Annual report on the working of the lock hospitals in the Central Provinces
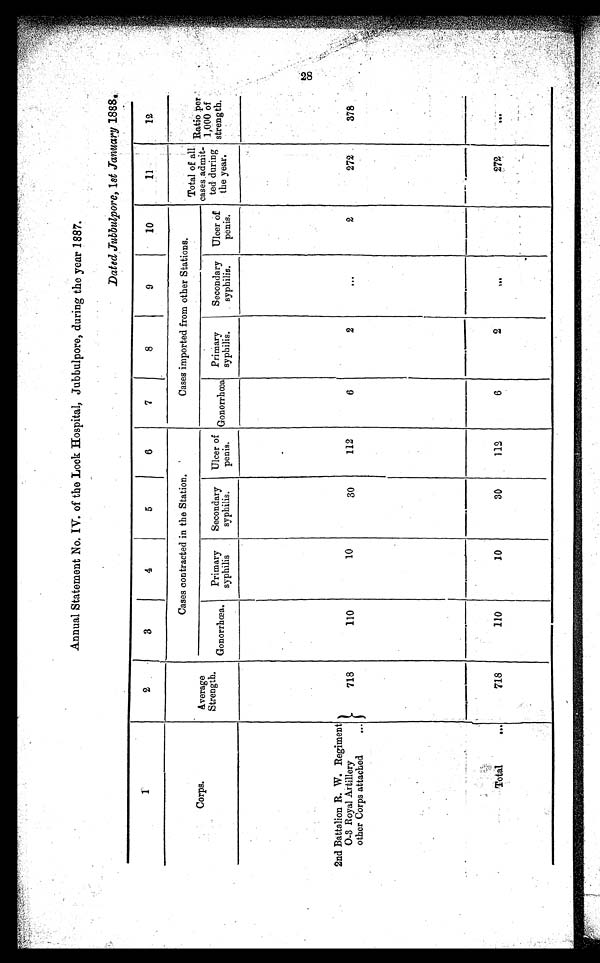
Annual Statement No. IV. of the Lock Hospital, Jubbulpore, during the year 1887.
Dated Jubbulpore, 1 st January 1888.
1
2
3
4
5
6
7
8
9
10
11
12
Corps.
Average
Strength.
Cases contracted in the Station.
Cases imported from other Stations.
Total of all
cases admit-
ted during
the year.
Ratio per
1,000 of
strength.
Gonorrhœa.
Primary
syphilis
Secondary
syphilis.
Ulcer of
penis.
Gonorrhœa
Primary
syphilis.
Secondary
syphilis.
Ulcer of
penis.
2nd Battalion R. W. Regiment
O-3 Royal Artillery
other Corps attached
718
110
10
30
112
6
2
...
2
272
378
Total
. . .
718
110
10
30
112
6
2
. . .
...
272
. . .
28